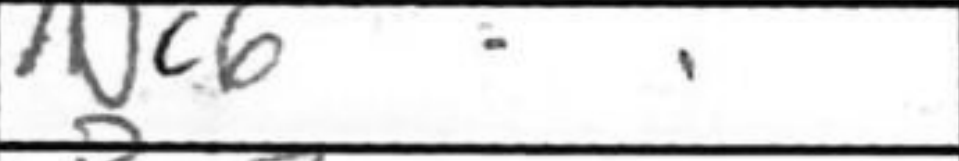
Transcription: Nc6